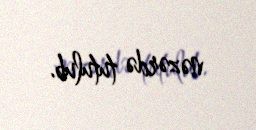
nəzərdə tutulub.